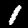
Digit: 1